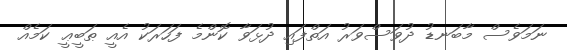
ނަމަވެސް މާބަނޑު ދުވަސްވަރު އަތްފައި ދުޅަވާ ކޮންމެ ފަހަރަކު އެއީ ޠަބީޢީ ކަމެއް